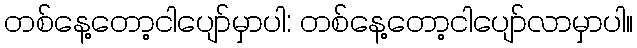
တစ်နေ့တော့ငါပျော်မှာပါ: တစ်နေ့တော့ငါပျော်လာမှာပါ။